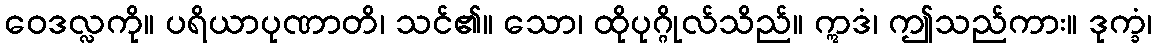
ဝေဒလ္လကို။ ပရိယာပုဏာတိ၊ သင်၏။ သော၊ ထိုပုဂ္ဂိုလ်သိည်။ ဣဒံ၊ ဤသည်ကား။ ဒုက္ခံ၊